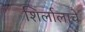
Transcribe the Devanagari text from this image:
शिर्लालाचे